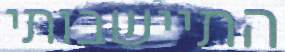
התיישבותי